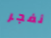
نفجر